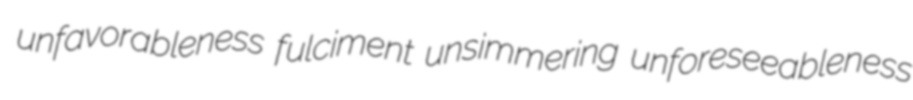
unfavorableness fulciment unsimmering unforeseeableness